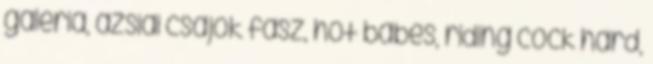
galéria, ázsiai csajok fasz, hot babes, riding cock hard,